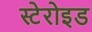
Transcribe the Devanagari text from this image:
स्टेरोइड